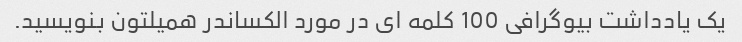
یک یادداشت بیوگرافی 100 کلمه ای در مورد الکساندر همیلتون بنویسید.